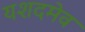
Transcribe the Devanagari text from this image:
यशदमेव